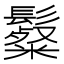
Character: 𩯞